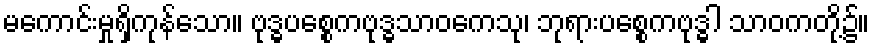
မကောင်းမှုရှိကုန်သော။ ဗုဒ္ဓပစ္စေကဗုဒ္ဓသာဝကေသု၊ ဘုရားပစ္စေကဗုဒ္ဓါ သာဝကတို့၌။